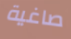
صاغية